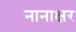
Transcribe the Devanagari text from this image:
नानाक्षर